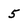
Character: 5